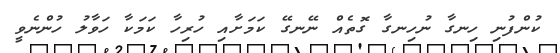
ކުންފުނި ހިނގާ ނުހިނގާ ގޮތެއް ނޭނގޭ ކަމަށާއި ހުރިހާ ކަމަކާ ހަވާލު ހުންނެވީ